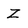
Character: Z